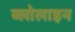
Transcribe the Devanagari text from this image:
ब्लोलाइन